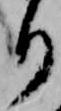
り